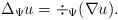
LaTeX: \begin{align*}\Delta_{\Psi} u = \div_{\Psi}(\nabla u).\end{align*}